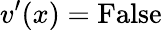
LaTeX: v^{\prime}(x)={\mathrm{False}}